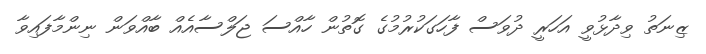
ޒިނަތު ވިދާޅުވީ އަހަރީ ދުވަސް ފާހަގަކުރުމުގެ ގޮތުން ހާއްސަ ޖަލްސާއެއް ބާއްވަން ނިންމާފައިވާ